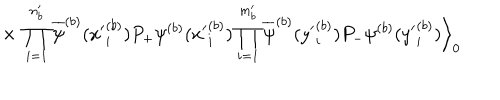
\times \; \prod _ { i = 1 } ^ { n _ { b } ^ { \prime } } \overline { { { \psi } } } ^ { ( b ) } ( { x ^ { \prime } } _ { i } ^ { ( b ) } ) P _ { + } \psi ^ { ( b ) } ( { x ^ { \prime } } _ { i } ^ { ( b ) } ) \prod _ { i = 1 } ^ { m _ { b } ^ { \prime } } \overline { { { \psi } } } ^ { ( b ) } ( { y ^ { \prime } } _ { i } ^ { ( b ) } ) P _ { - } \psi ^ { ( b ) } ( { y ^ { \prime } } _ { i } ^ { ( b ) } ) \Big \rangle _ { 0 }